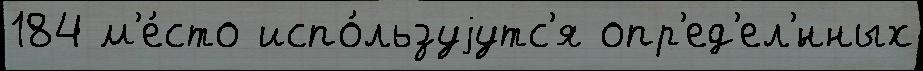
184 м'е́сто испо́льзуjутс'я опр'ед'ел'́нных